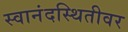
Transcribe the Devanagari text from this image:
स्वानंदस्थितीवर